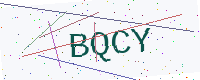
Text: BQCY